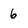
Character: 6